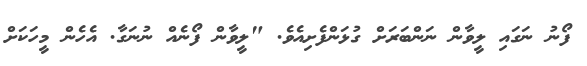
ފޯނު ނަގައި ލީވާން ނަންބަރަށް ގުޅަންފެށިއެވެ. "ލީވާން ފޯނެއް ނުނަގާ. އެހެން މީހަކަށް